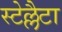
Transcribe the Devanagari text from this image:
स्टेल्लैटा